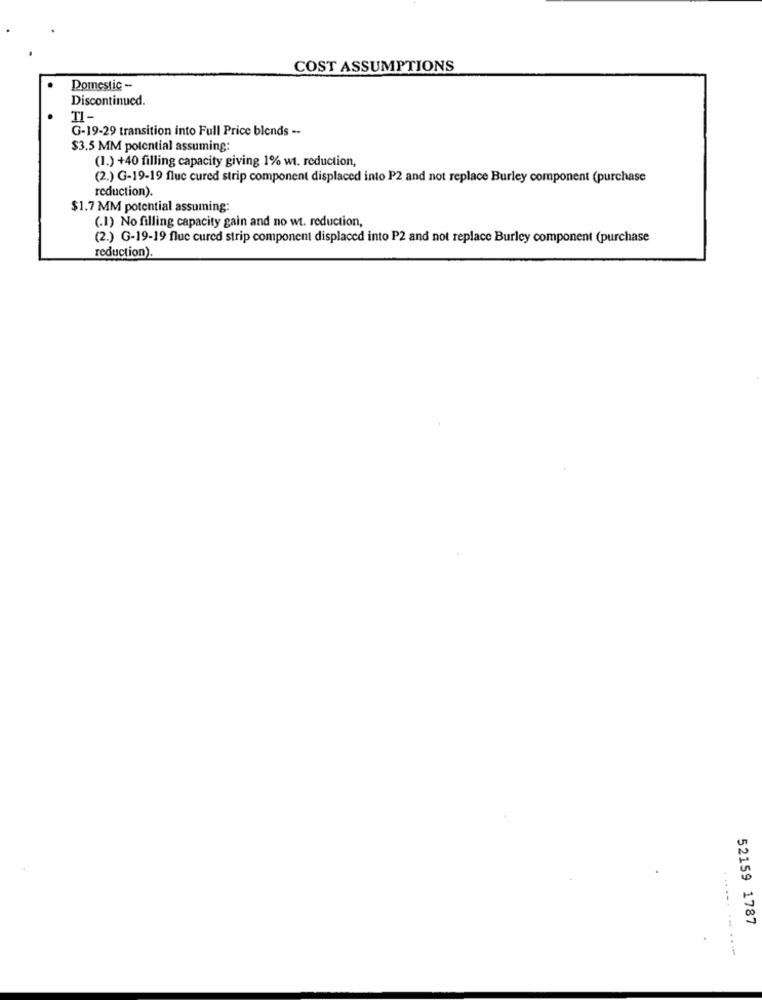
COST ASSUMPTIONS
Domestic -
Discontinued.
TI-
G-19-29 transition into Full Price blends --
$3.5 MM potential assuming:
(1.) +40 filling capacity giving 1% wt. reduction,
(2.) G-19-19 fluc cured strip component displaced into P2 and not replace Burley component (purchase
reduction).
$1.7 MM potential assuming:
(.1) No filling capacity gain and no wt. reduction,
(2.) G-19-19 flue cured strip component displaced into P2 and not replace Burley component (purchase
reduction).
52159 1787
...... ...--